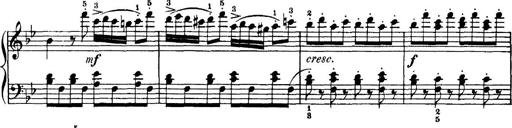
Title: 7 Sonatinas
Composer: Anton Diabelli